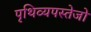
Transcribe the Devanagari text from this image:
पृथिव्यपस्तेजो